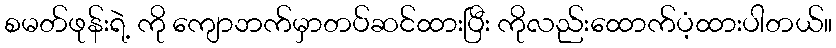
စမတ်ဖုန်းရဲ့ ကို ကျောဘက်မှာတပ်ဆင်ထားပြီး ကိုလည်းထောက်ပံ့ထားပါတယ်။